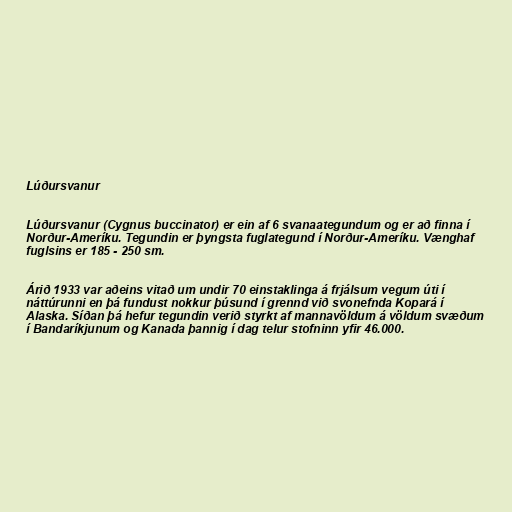
Lúðursvanur

Lúðursvanur (Cygnus buccinator) er ein af 6 svanaategundum og er að finna í
Norður-Ameríku. Tegundin er þyngsta fuglategund í Norður-Ameríku. Vænghaf
fuglsins er 185 - 250 sm.

Árið 1933 var aðeins vitað um undir 70 einstaklinga á frjálsum vegum úti í
náttúrunni en þá fundust nokkur þúsund í grennd við svonefnda Kopará í
Alaska. Síðan þá hefur tegundin verið styrkt af mannavöldum á völdum svæðum
í Bandaríkjunum og Kanada þannig í dag telur stofninn yfir 46.000.